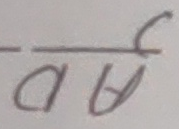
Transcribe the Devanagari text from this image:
वाब